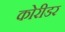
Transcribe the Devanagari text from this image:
कोरीडर